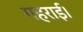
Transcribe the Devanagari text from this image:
गहराई।